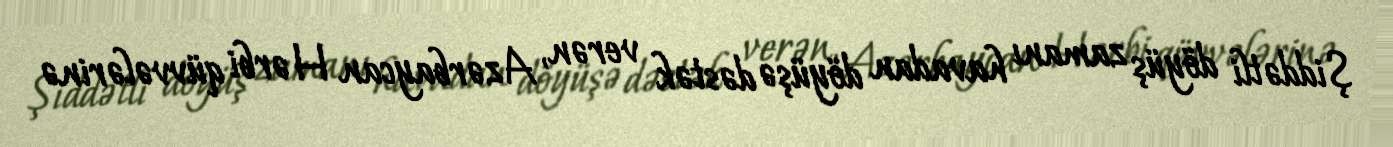
Şiddətli döyüş zamanı havadan döyüşə dəstək verən, Azərbaycan Hərbi qüvvələrinə